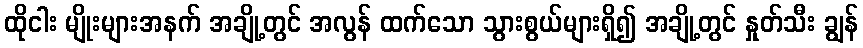
ထိုငါး မျိုးများအနက် အချို့တွင် အလွန် ထက်သော သွားစွယ်များရှိ၍ အချို့တွင် နှုတ်သီး ချွန်